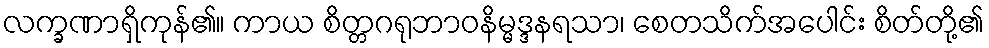
လက္ခဏာရှိကုန်၏။ ကာယ စိတ္တဂရုဘာဝနိမ္မဒ္ဒနရသာ၊ စေတသိက်အပေါင်း စိတ်တို့၏